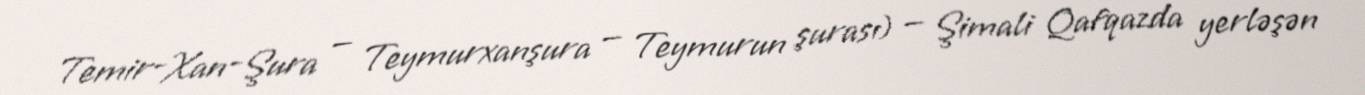
Temir-Xan-Şura — Teymurxanşura — Teymurun şurası) — Şimali Qafqazda yerləşən